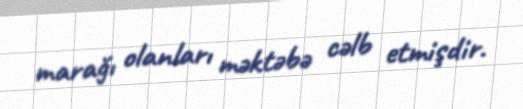
marağı olanları məktəbə cəlb etmişdir.